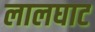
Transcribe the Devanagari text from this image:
लालघाट